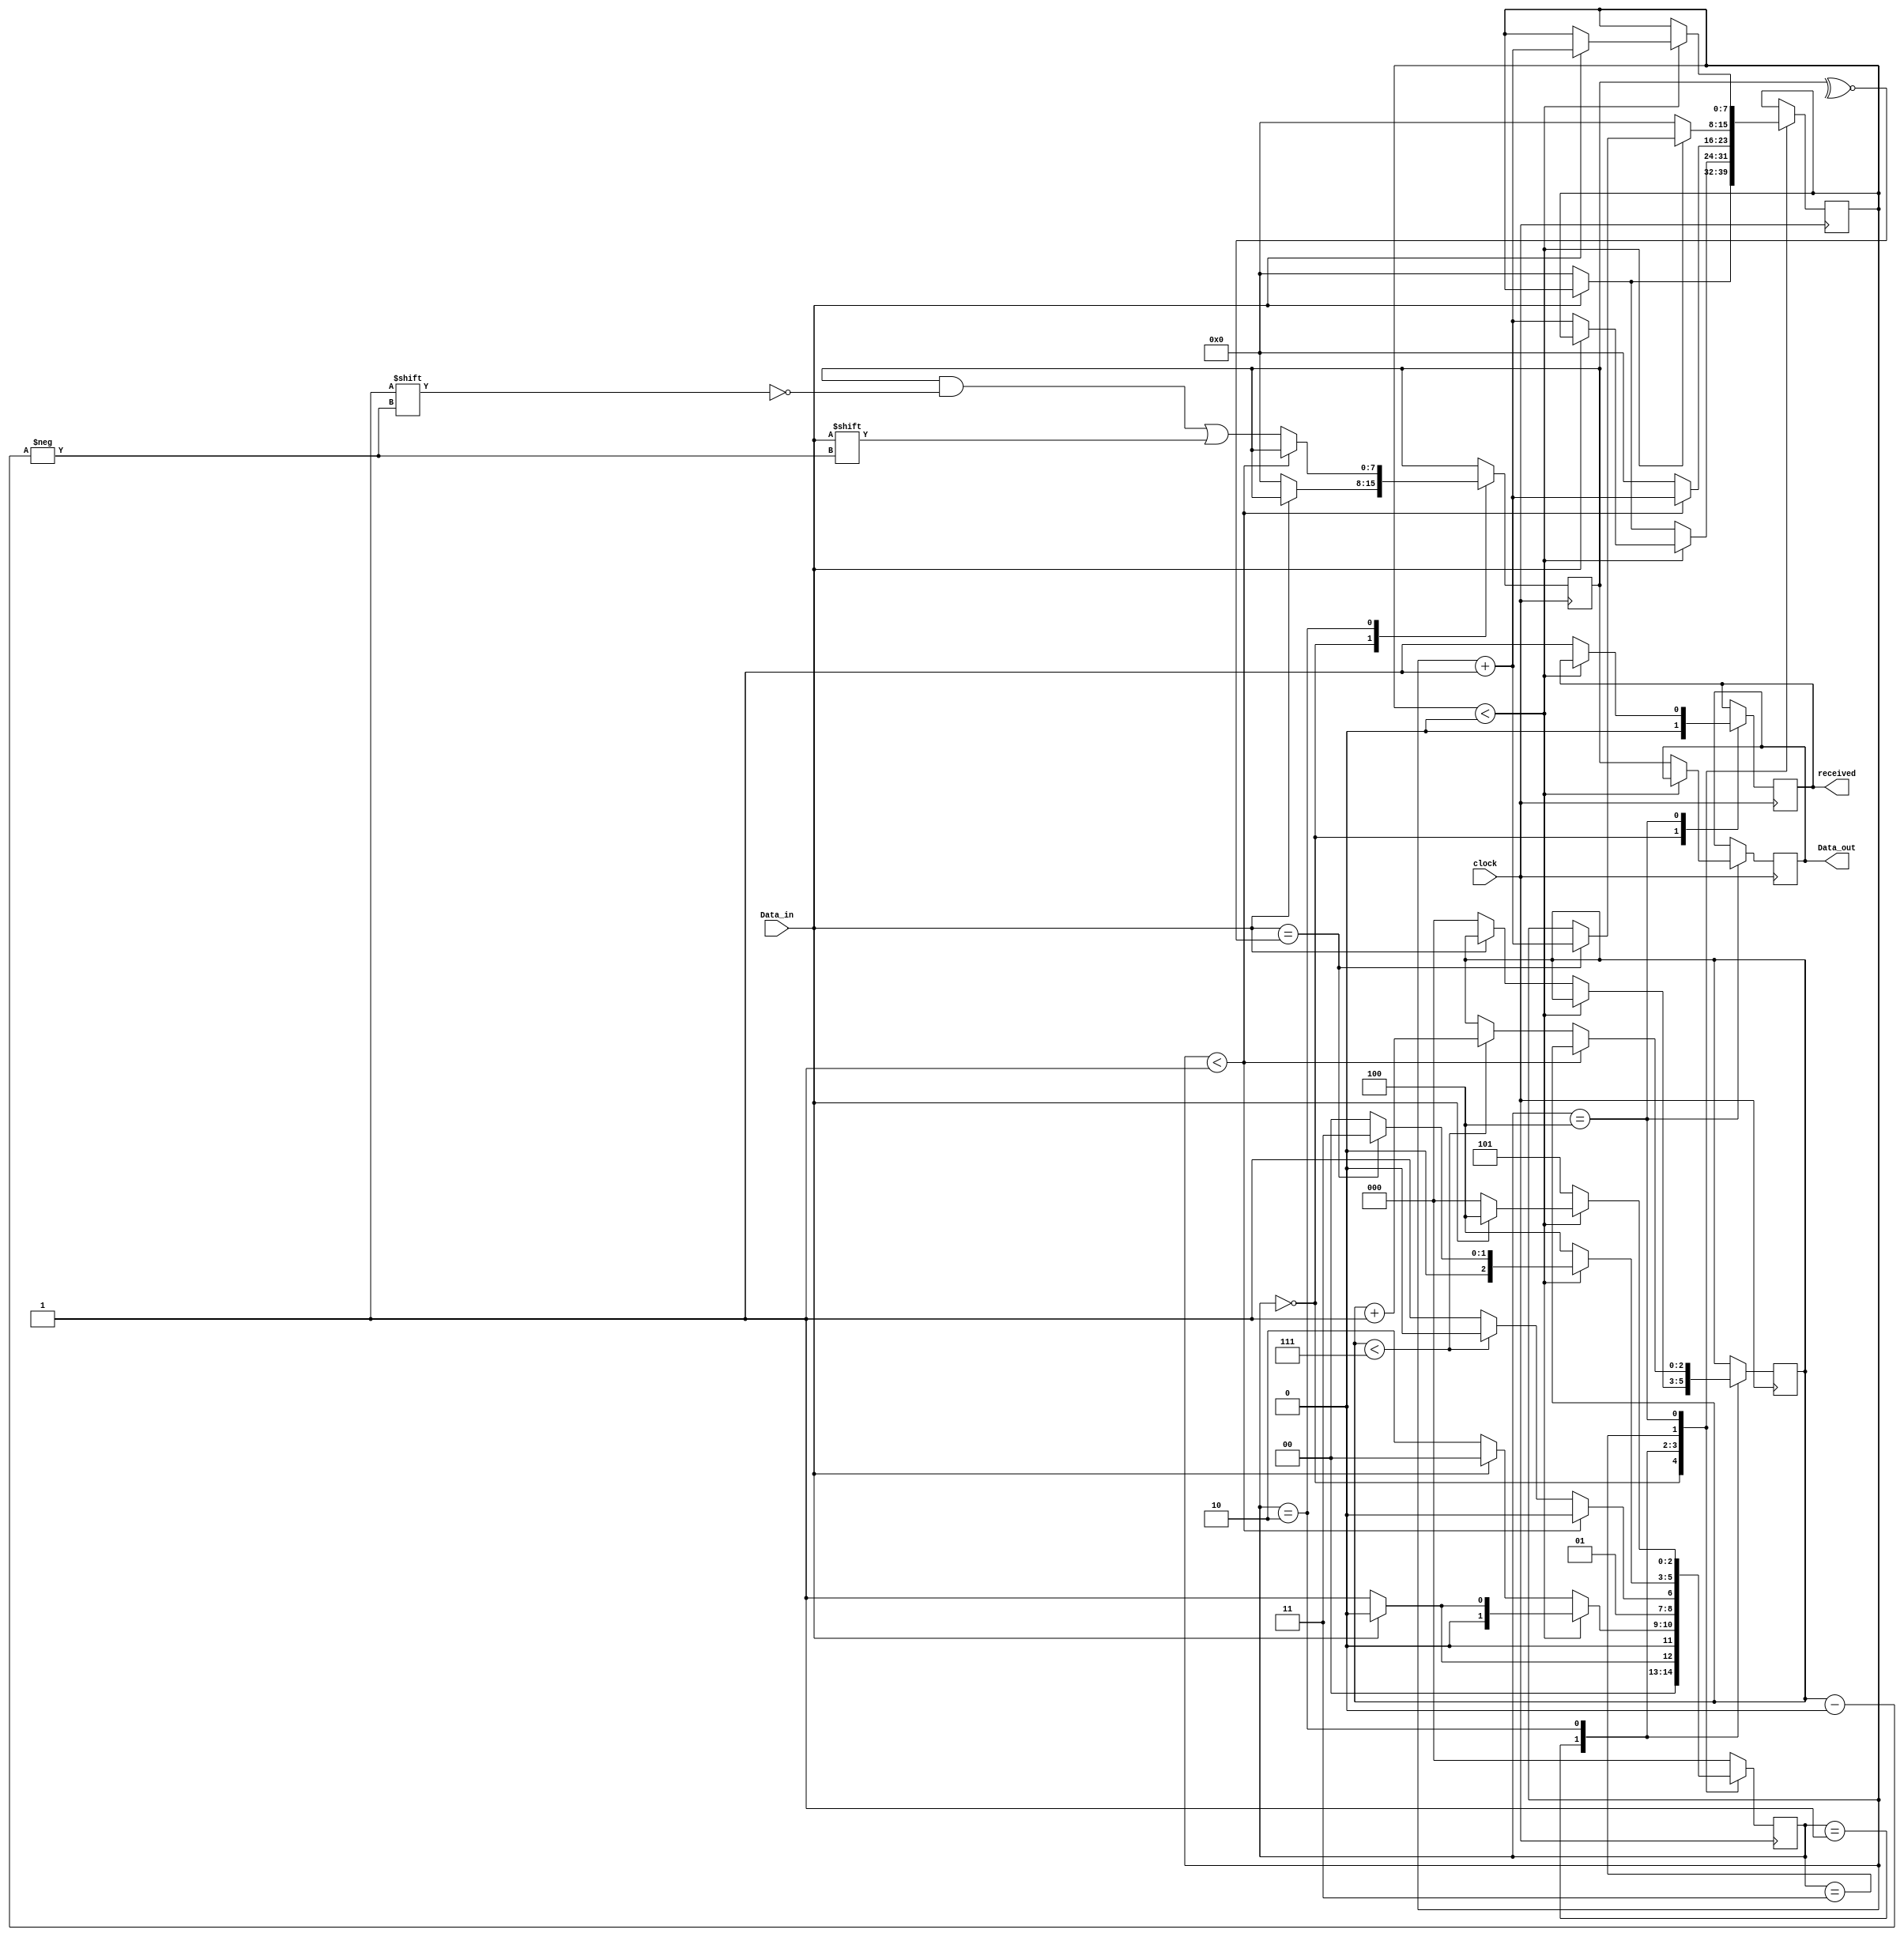
module uart_Rx(
	input clock,
	input Data_in,
//	input Parity_sel,				// 1 for even parity else for odd parity

	output reg [7:0] Data_out,
	output reg received
    );
	 parameter clks_per_bit = 2;   		//clk freq/Baud rate
	 
    /* Parametrs for the FSM states */
	parameter [2:0] idle      = 3'b000;
	parameter [2:0] StartBit  = 3'b001;
	parameter [2:0] DataBits  = 3'b010;
	parameter [2:0] ParityBit = 3'b011;
	parameter [2:0] StopBit   = 3'b100;
	parameter [2:0] Done		  = 3'b101;

		   /* Registers */
	reg [2:0] current_state = idle;
	reg [7:0] clk_count;
	reg [7:0] data_received;
	reg [2:0] bit_index;

	always @(posedge clock)
	begin
		case (current_state)
		idle : begin 
			received <= 0;
			if (Data_in == 1'b0) begin 
				data_received <= 8'b00000000;
				clk_count <= 0;
				current_state <= StartBit;
			end
			else begin
				current_state <= idle ;
			end 
		end
		
		StartBit : begin
			if (clk_count < (clks_per_bit - 2)) begin			//check if the start_bit need more clks 
				if (Data_in == 1'b0) begin        			//if it is not received yet wait 
					clk_count <= clk_count + 1;
					current_state <= StartBit;
				end
				else begin						//if it is not received during the clk_per_bit period then go back to idle state 
					current_state <= idle ;
				end
			end
			else begin
				if (Data_in == 1'b0) begin 	//if the start_bit received correctly go to data_bits
					current_state <= DataBits;
					bit_index <= 0;
					clk_count <= 0;
				end
				else begin							//if it is not 0 then there is error 
					current_state <= idle;
				end
			end
		end
		
		DataBits : begin
			if (clk_count < (clks_per_bit -1 )) begin		//check if this bit still needs more clks
				current_state <= DataBits;
				clk_count <= clk_count + 1;
			end
			else begin 
				data_received[bit_index] <= Data_in;
				clk_count <= 0;
				
				if (bit_index < 7) begin		//checking  that all the bit are received 
					bit_index <= bit_index+1 ;
					current_state <= DataBits;
				end
				else begin
					current_state <= ParityBit;
				end
			end
		end
		
		ParityBit : begin 
			if (clk_count < (clks_per_bit - 2)) begin
				if (Data_in == Parity) begin
					current_state <= ParityBit;
					clk_count <= clk_count+1;
				end
				else begin
				current_state <= idle;
				end
			end
			else begin 
				current_state <= StopBit;
				clk_count <= 0;
			end
		end
		
		StopBit : begin
			if (clk_count < (clks_per_bit - 2)) begin
				if (Data_in == 1'b1) begin
					clk_count <= clk_count + 1;
					current_state <= StopBit;
				end	
				else begin 
					current_state <= idle;
				end
			end
			else begin
				received <= 1;
				Data_out <= data_received;
				current_state <= Done;
			end
		end
		
		Done : begin
			current_state <= idle;
		end
		
		default : begin
			current_state <= idle;
		end
		
endcase
end
		//assign Parity = (Parity_sel == 1) ? (^data_received) : (~^data_received);	
		assign Parity = ~^data_received;
endmodule